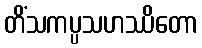
တိံသကပ္ပသဟဿိတော